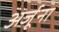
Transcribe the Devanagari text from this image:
अर्जूना